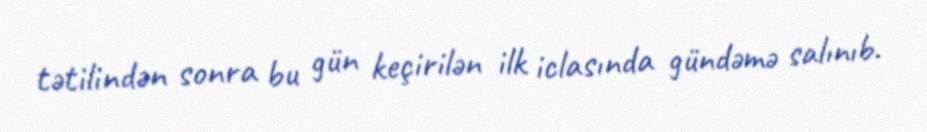
tətilindən sonra bu gün keçirilən ilk iclasında gündəmə salınıb.